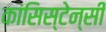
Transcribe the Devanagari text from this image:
कांसिस्टेन्सी